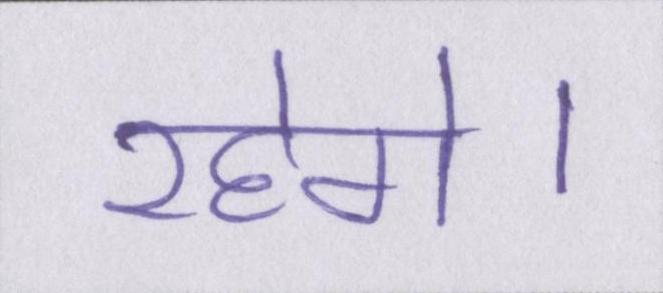
रहेगे।